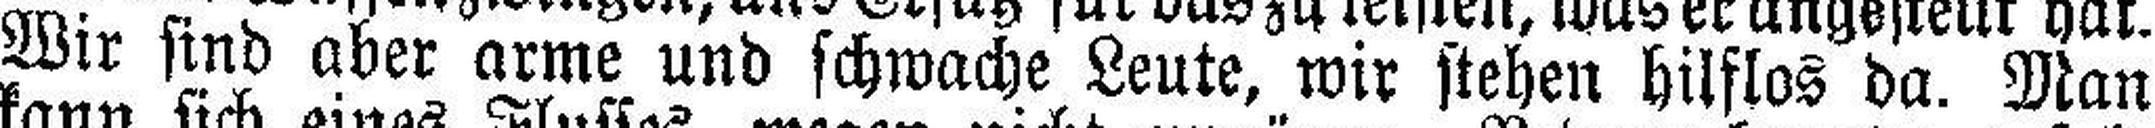
Wir sind aber arme und schwache Leute, wir stehen hilflos da. Man